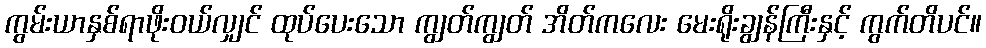
ကွမ်းယာနှစ်ရာဖိုးဝယ်လျှင် ထုပ်ပေးသော ကျွတ်ကျွတ် အိတ်ကလေး မေးရိုးချွန်ကြီးနှင့် ကွက်တိပင်။